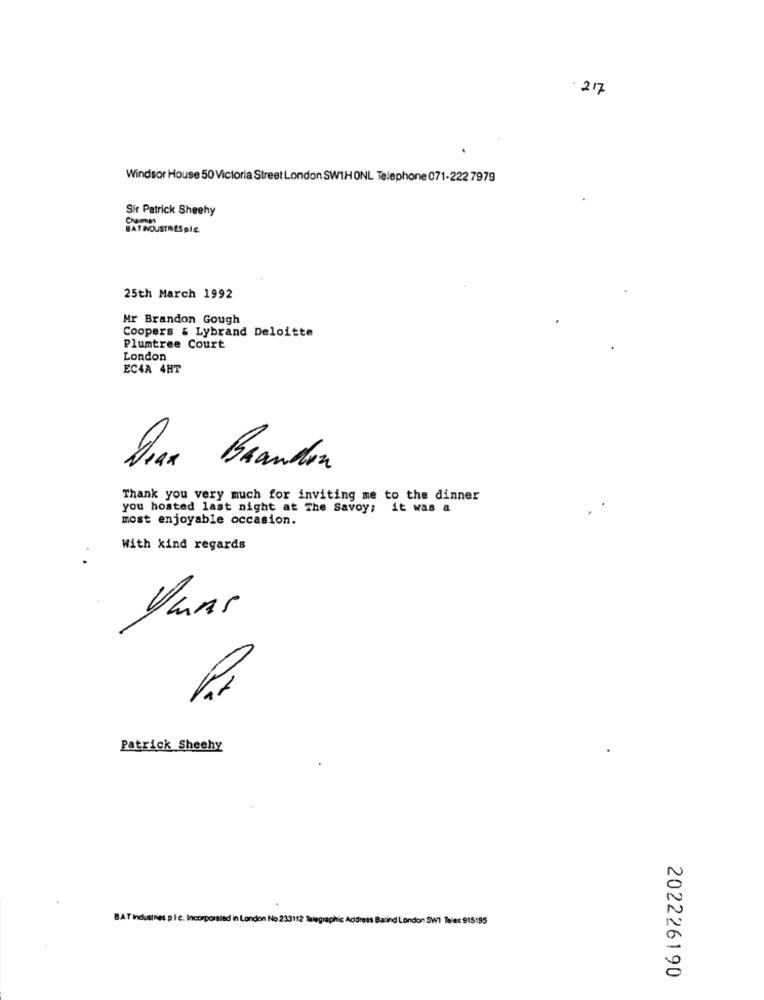
.217
Windsor House 50 Victoria Street London SW1H ONL Telephone 071-222 7979
Sir Patrick Sheehy
HAT INOUSTRES DIE.
25th March 1992
Mr Brandon Gough
Coopers & Lybrand Deloitte
Plumtree Court
London
EC4A 4HT
Deux Brandon
Thank you very much for inviting me to the dinner
you hosted last night at The Savoy; it was a
most enjoyable occasion.
With kind regards
Yuns
Patrick Sheehy
BAT Industries ple. Incorporaled in London No 233112 Talegraphic Address Bacind London SW1 Telex 915195
202226190